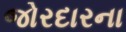
જોરદારના